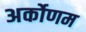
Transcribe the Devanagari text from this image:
अर्कोणम